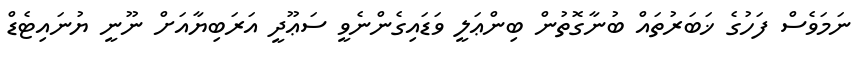
ނަމަވެސް ފަހުގެ ޚަބަރުތައް ބުނާގޮތުން ބިންޢަލީ ވަޑައިގެންނެވީ ސަޢޫދީ އަރަބިޔާއަށް ނޫނީ ޔުނައިޓެޑް